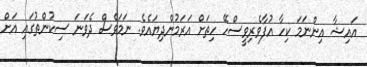
އައިޝާ އިންނަމަ ކިހާ އުފާވެރިވީސްހޭ ހިތަށް އަރަމުންދިޔައެވެ. ނަމަވެސް ދެވަނަ ސިކުންތުގައި އަށް